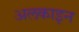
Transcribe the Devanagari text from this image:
अलकाइन